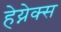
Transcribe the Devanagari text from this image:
हेय्नेक्स